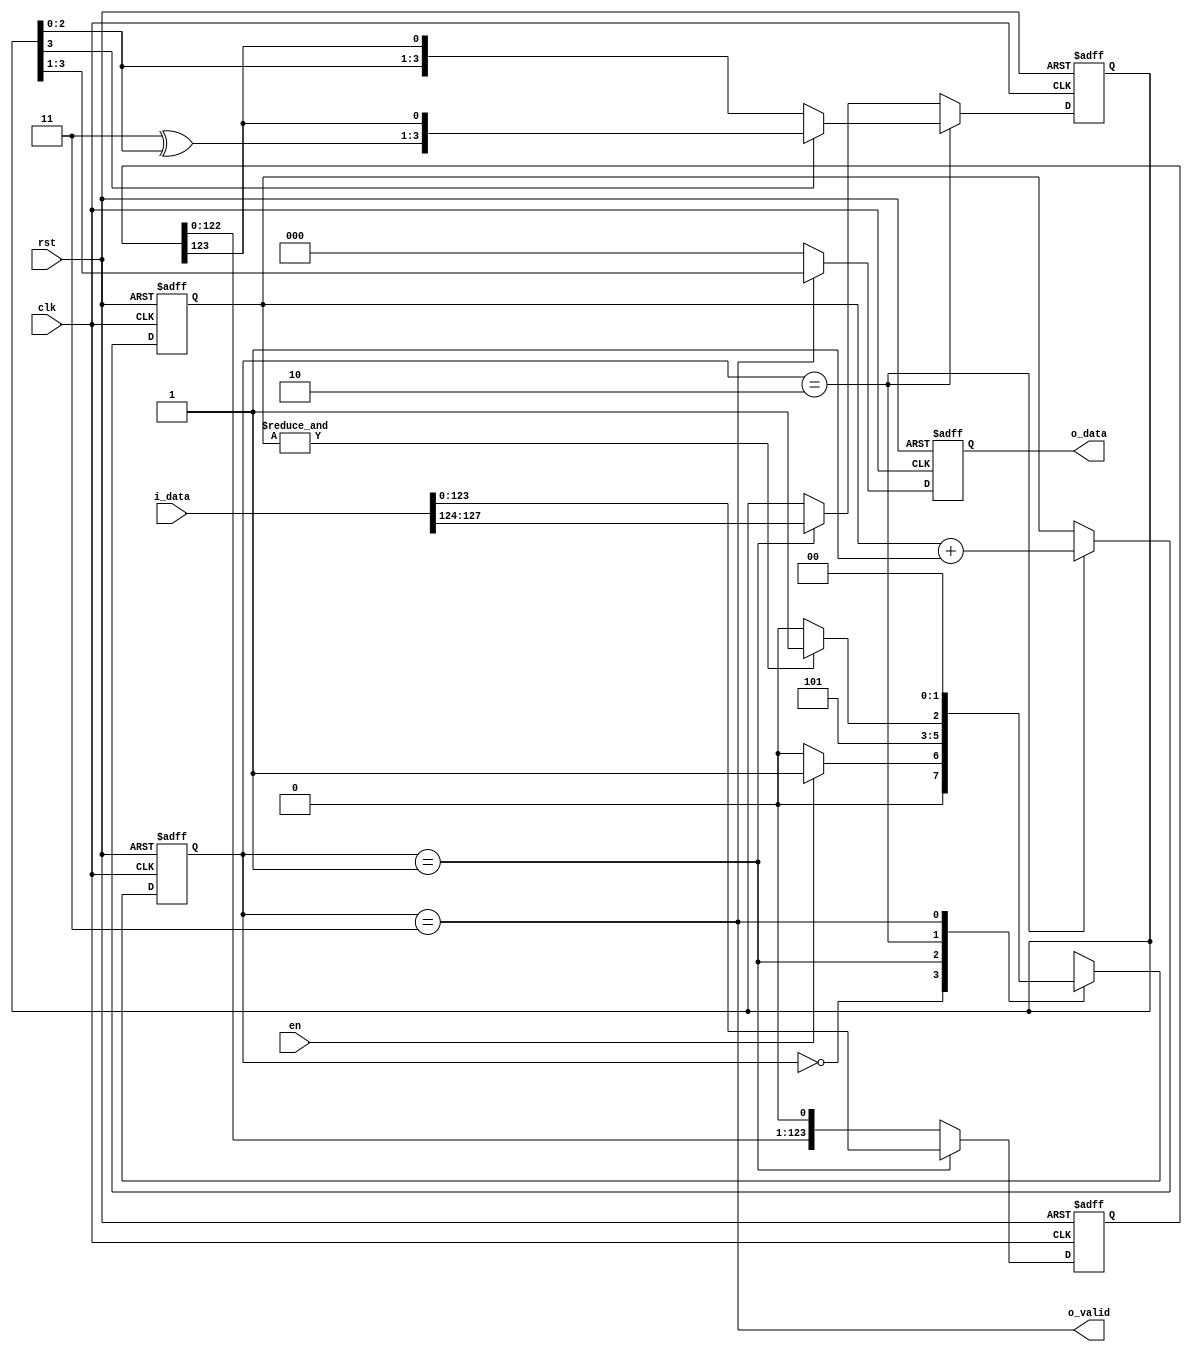
module CRC (input clk, input rst, input en, input [127:0] i_data, output [2:0] o_data, output o_valid);
    localparam idle = 2'd0;
    localparam load = 2'd1;
    localparam crc_gen = 2'd2;
    localparam crc_out = 2'd3;
    localparam poly = 4'b1011;
    reg [1:0]   state, next_state;
    reg [2:0]   o_data_r;
    reg [3:0]   poly_reg;
    reg [6:0]   crc_cnt;
    reg [127:0] in_reg;
    assign o_valid = (state == crc_out);
    assign o_data = o_data_r;
    always @(*) begin
        case (state)
            idle : next_state = (en) ? load : idle;
            load : next_state = crc_gen;
            crc_gen : next_state = (&crc_cnt) ? crc_out : crc_gen;
            crc_out : next_state = idle;
            default : next_state = state;
        endcase
    end
    always @(posedge clk or posedge rst) begin
        if (rst) begin
            state <= idle;
            poly_reg <= 0;
            in_reg <= 0;
            crc_cnt <= 0;
            o_data_r <= 0;
        end else begin
            state <= next_state;
            in_reg <= (state == load) ? i_data : in_reg << 1;
            if (state == crc_gen) begin
                crc_cnt <= crc_cnt + 1;
                poly_reg <= (poly_reg[3]) ? {poly[2:0] ^ poly_reg[2:0], in_reg[123]} : {poly_reg[2:0], in_reg[123]};
            end else begin
                crc_cnt <= crc_cnt;
                poly_reg <= (state == load) ? i_data[127:124] : poly_reg;
            end
            o_data_r <= (state == crc_out) ? poly_reg[3:1] : 0;
        end
    end
endmodule